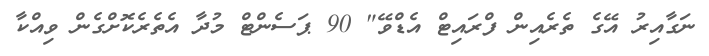
ނަގާއިރު އޭގެ ތެރެއިން ފްރައިޓް އެޑްވޭ" 90 ޕަސެންޓް މުދާ އެތެރެކޮށްގެން ވިއްކާ